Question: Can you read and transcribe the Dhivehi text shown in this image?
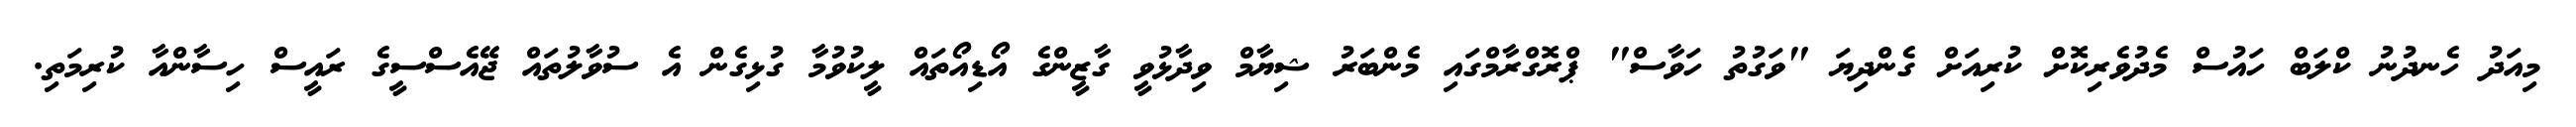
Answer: މިއަދު ހެނދުނު ކްލަބް ހައުސް މެދުވެރިކޮށް ކުރިއަށް ގެންދިޔަ "ވަގުތު ހަވާސް" ޕްރޮގްރާމްގައި މެންބަރު ޝިޔާމް ވިދާޅުވީ ގާޒީންގެ އޯޑިއޯތައް ލީކުވުމާ ގުޅިގެން އެ ސުވާލުތައް ޖޭއެސްސީގެ ރައީސް ހިސާންއާ ކުރިމަތި.